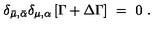
\delta _ { \bar { \mu } , \bar { \alpha } } \delta _ { \mu , \alpha } \left[ \Gamma + \Delta \Gamma \right] \ = \ 0 \ .